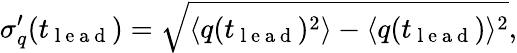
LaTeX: \sigma_{q}^{\prime}(t_{\mathrm{~l~e~a~d~}})=\sqrt{\langle q(t_{\mathrm{~l~e~a~d~}})^{2}\rangle-\langle q(t_{\mathrm{~l~e~a~d~}})\rangle^{2}},